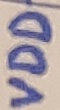
Text: VDD